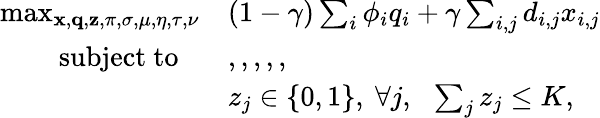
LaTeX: \begin{array}{rl}{\operatorname*{max}_{{\mathbf{x}},{\mathbf{q}},{\mathbf{z}},\pi,\sigma,\mu,\eta,\tau,\nu}}&{(1-\gamma)\sum_{i}\phi_{i}q_{i}+\gamma\sum_{i,j}d_{i,j}x_{i,j}}\\ {\mathrm{subject~to}~~~}&{,,,,,}\\ &{z_{j}\in\{ 0,1\} ,~\forall j,~~\sum_{j}z_{j}\leq K,}\end{array}